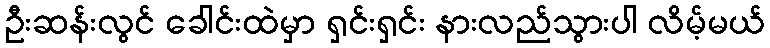
ဦးဆန်းလွင် ခေါင်းထဲမှာ ရှင်းရှင်း နားလည်သွားပါ လိမ့်မယ်